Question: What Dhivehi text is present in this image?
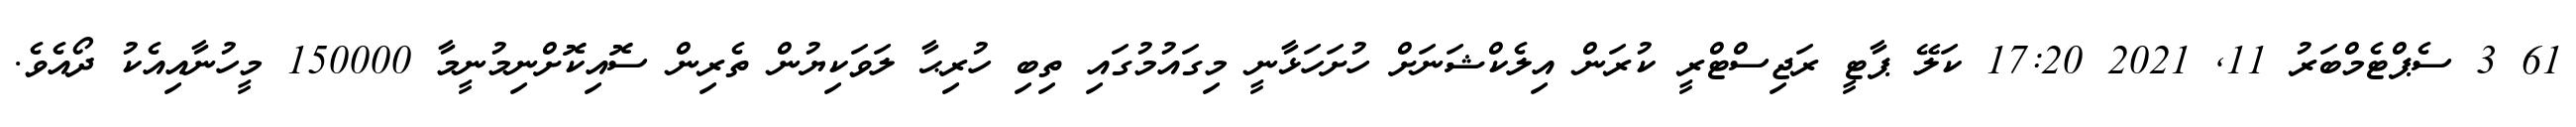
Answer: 61 3 ސެޕްޓެމްބަރު 11, 2021 17:20 ކަލޭ ޕާޓީ ރަޖިސްޓްރީ ކުރަން އިލެކްޝަނަށް ހުށަހަޅާނީ މިގައުމުގައި ތިބި ހުރިޙާ ލަވަކިޔުން ތެރިން ސޮއިކޮށްނިމުނީމާ 150000 މީހުނާއިއެކު ދޯއެވެ.